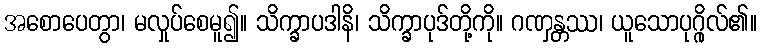
အစောပေတွာ၊ မလှုပ်စေမူ၍။ သိက္ခာပဒါနိ၊ သိက္ခာပုဒ်တို့ကို။ ဂဏှန္တဿ၊ ယူသောပုဂ္ဂိုလ်၏။